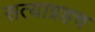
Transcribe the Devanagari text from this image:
सत्याग्रहच